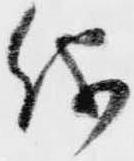
儀